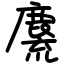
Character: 麍